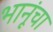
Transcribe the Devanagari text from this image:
भानूंचा